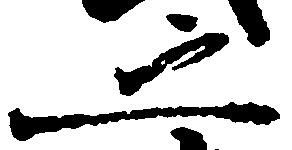
之